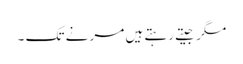
مگر جیتے رہتے ہیں مر نے تک ۔